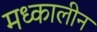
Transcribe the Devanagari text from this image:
मध्कालीन